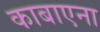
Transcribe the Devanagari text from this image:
काबाएना